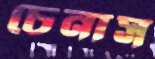
চেনাস